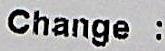
CHANGE :